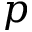
p